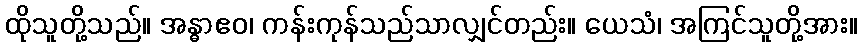
ထိုသူတို့သည်။ အန္ဓာဧဝ၊ ကန်းကုန်သည်သာလျှင်တည်း။ ယေသံ၊ အကြင်သူတို့အား။